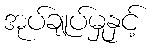
အုပ်ချုပ်မှုနှင့်